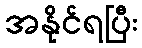
အနိုင်ရပြီး